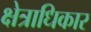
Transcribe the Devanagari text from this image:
क्ष्‍ोत्राधिकार